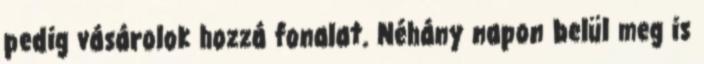
pedig vásárolok hozzá fonalat. Néhány napon belül meg is